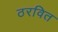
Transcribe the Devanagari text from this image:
ठरवित